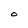
Character: O